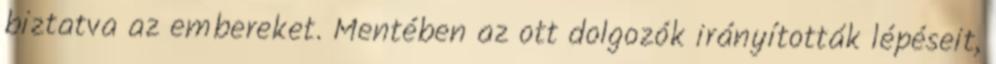
biztatva az embereket. Mentében az ott dolgozók irányították lépéseit,